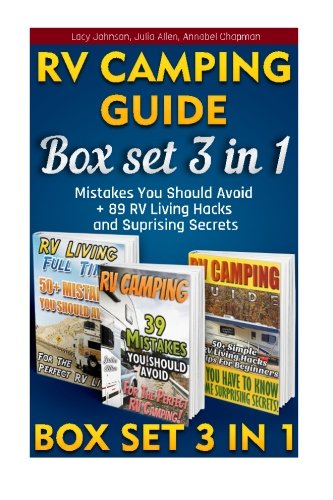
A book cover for RV Camping Guide BOX SET 3 IN 1: 50 Mistakes You Should Avoid + 89 RV Living Hacks And Suprising Secrets. (How to live in a car, travel on a budget, ... how to live in a car, van or RV) (Volume 5); Lacy Johnson; Travel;